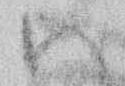
ハ